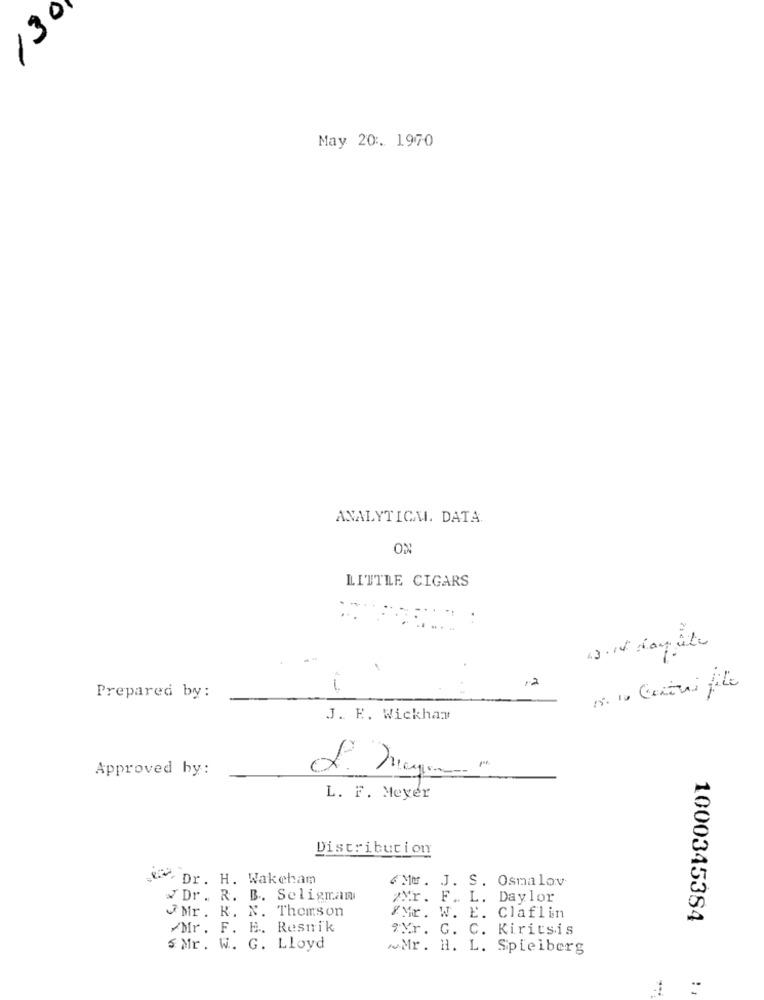
130
May 20 :. 1970
ANALYTICA. DATA
LITTLE CIGARS
,2
Prepared by :
J. R. Wickham
Approved by:
L. F. Meyer
Distribution
Dr. H. Wakeham
6MM. J. S. Osmalov
Dr. R. B .. Seligman
2¥r. F. L. Daylor
Mr. R. N. Thomson
8Mr. W. E. Claflin
1000345384
Mr. F. E. Resnik
MYr. G. C. Kiritsis
$ Mr. W. G. Lloyd
Mr. H. L. Spielberg